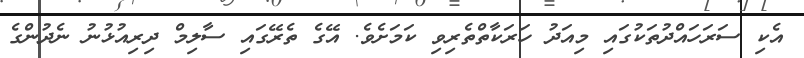
އެކި ސަރަހައްދުތަކުގައި މިއަދު ހަަރަކާތްތެރިވި ކަމަށެވެ. އޭގެ ތެރޭގައި ސާލިމް ދިރިއުޅުނު ނެދުންގެ